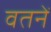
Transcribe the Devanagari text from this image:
वतनें